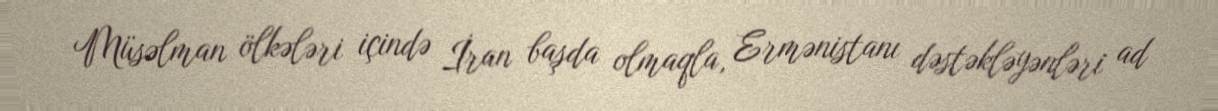
Müsəlman ölkələri içində İran başda olmaqla, Ermənistanı dəstəkləyənləri ad